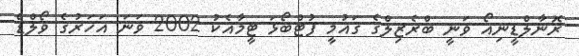
ރޮނާލްޑީނިއޯ ވަނީ ބްރެޒިލްގެ ގައުމީ ފުޓްބޯޅަ ޓީމާއެކު 2002 ވަނަ އަހަރުގެ ވޯލްޑް